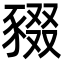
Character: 䝌